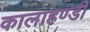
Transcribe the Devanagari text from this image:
कालाहण्डी